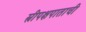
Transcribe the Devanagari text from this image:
स्त्रीपक्षपाताची